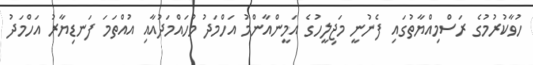
ހުވާކުރުމުގެ ރަސްމިއްޔާތުގައި ފެނުނީ މަޖިލީހުގެ އަމީންއާންމު އަހްމަދު މުހައްމަދުއާއި އުއްތަމަ ފަނޑިޔާރު އަހްމަދު